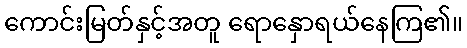
ကောင်းမြတ်နှင့်အတူ ရောနှောရယ်နေကြ၏။